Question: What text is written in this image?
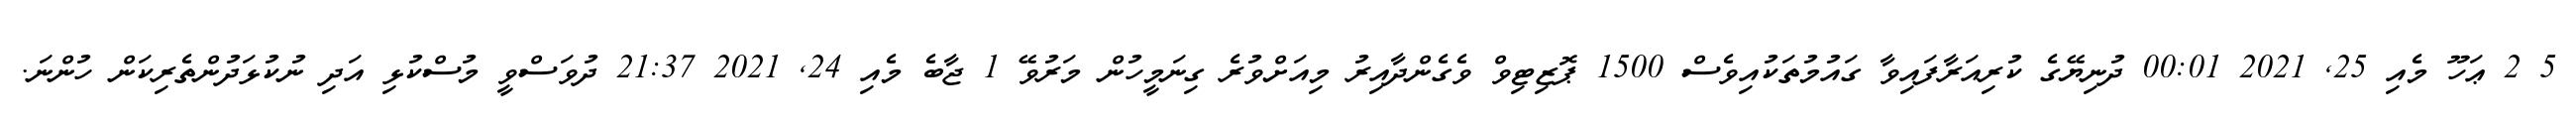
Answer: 5 2 ޢަހޫ މެއި 25, 2021 00:01 ދުނިޔޭގެ ކުރިއަރާފައިވާ ގައުމުތަކުއިވެސް 1500 ޕޮޒިޓިވް ވެގެންދާއިރު މިއަށްވުރެ ގިނަމީހުން މަރުވޭ 1 ޖާބެ މެއި 24, 2021 21:37 ދުވަސްވީ މުސްކުޅި އަދި ނުކުޅަދުންތެރިކަން ހުންނަ.